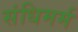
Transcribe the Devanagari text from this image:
संधिमर्म